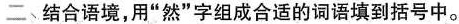
二、结合语境，用”然”字组成合适的词语填到括号中。